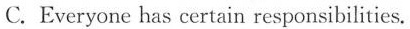
C.Everyone has certain responsibilities.